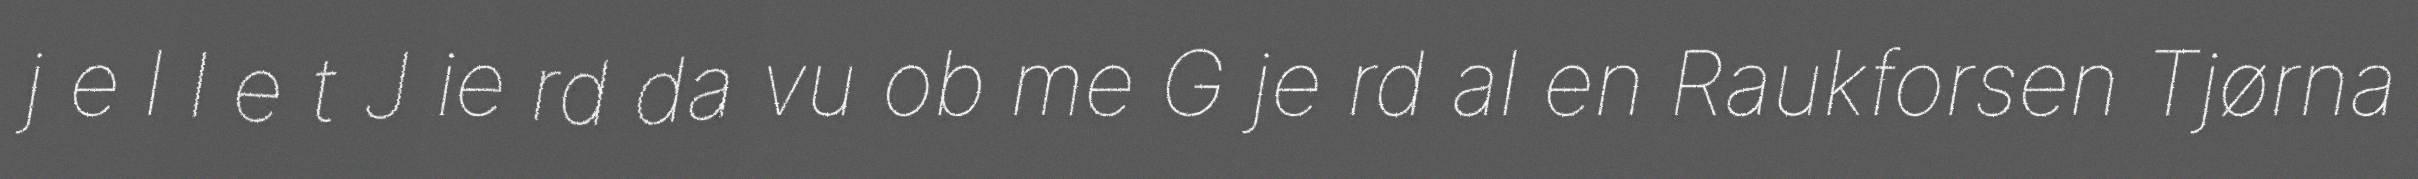
j e l l e t J ie rd da vu ob me G je rd al en Raukforsen Tjørna